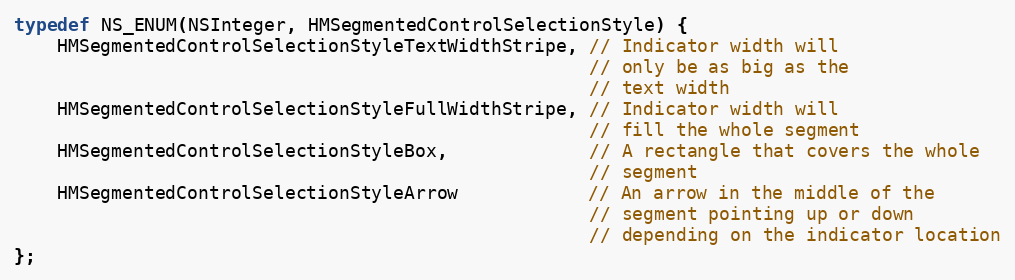
Language: C
typedef NS_ENUM(NSInteger, HMSegmentedControlSelectionStyle) {
    HMSegmentedControlSelectionStyleTextWidthStripe, // Indicator width will
                                                     // only be as big as the
                                                     // text width
    HMSegmentedControlSelectionStyleFullWidthStripe, // Indicator width will
                                                     // fill the whole segment
    HMSegmentedControlSelectionStyleBox,             // A rectangle that covers the whole
                                                     // segment
    HMSegmentedControlSelectionStyleArrow            // An arrow in the middle of the
                                                     // segment pointing up or down
                                                     // depending on the indicator location
};